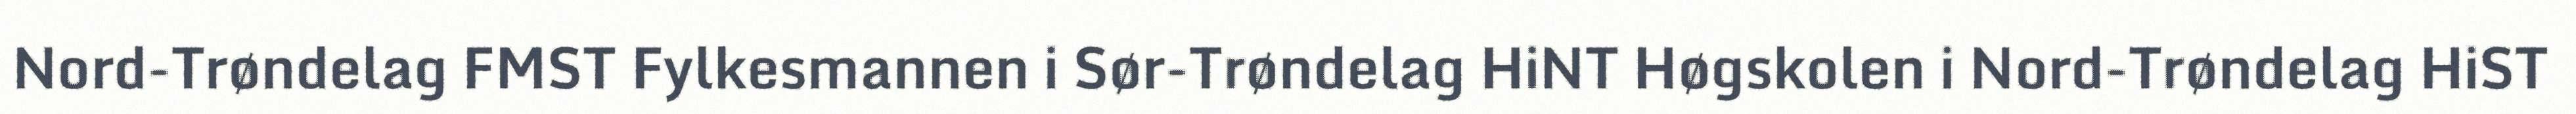
Nord-Trøndelag FMST Fylkesmannen i Sør-Trøndelag HiNT Høgskolen i Nord-Trøndelag HiST